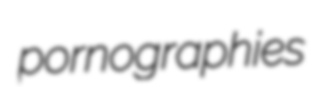
pornographies